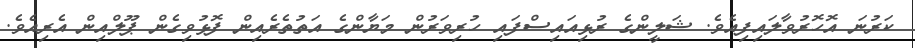
ކަރުނަ އޮހޮރުވާލައިފިއެވެ. ޝަލީންގެ ރުޅިއައިސްފައި ހުރިވަރުން މަޔާންގެ އަތުތެރެއިން ފޮޅުވިގެން ޕޫލްއިން އެރިއެވެ.